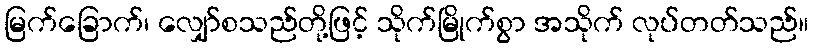
မြက်ခြောက်၊ လျှော်စသည်တို့ဖြင့် သိုက်မြိုက်စွာ အသိုက် လုပ်တတ်သည်။